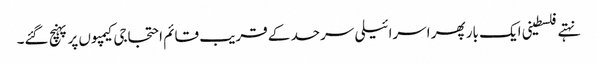
نہتے فلسطینی ایک بار پھر اسرائیلی سرحد کے قریب قائم احتجاجی کیمپوں پر پہنچ گئے۔